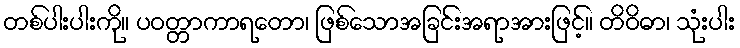
တစ်ပါးပါးကို။ ပဝတ္တာကာရတော၊ ဖြစ်သောအခြင်းအရာအားဖြင့်။ တိဝိဓာ၊ သုံးပါး